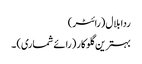
ردا بلال (رائٹر)
بہترین گلوکار (رائے شماری) ۔